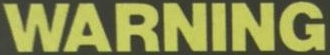
WARNING